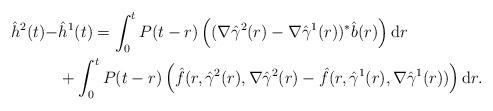
LaTeX: \begin{align*}\hat h^2(t)-&\hat h^1(t) = \int_0^t P({t-r}) \left( ( \nabla \hat \gamma^2(r)- \nabla \hat \gamma^1(r) )^* \hat b(r) \right) \mathrm dr \\& + \int_0^t P({t-r}) \left ( \hat f(r, \hat \gamma^2(r), \nabla\hat \gamma^2(r) -\hat f( r, \hat \gamma^1(r), \nabla \hat \gamma^1(r) ) \right) \mathrm dr. \end{align*}